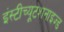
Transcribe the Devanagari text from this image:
इंस्टीच्यूटशनाइज्ड